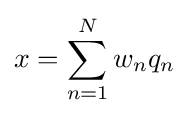
x=\sum _{n=1}^{N}w_{n}q_{n}